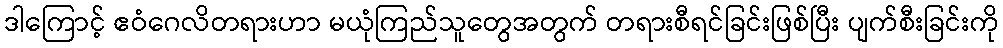
ဒါကြောင့် ဧဝံဂေလိတရားဟာ မယုံကြည်သူတွေအတွက် တရားစီရင်ခြင်းဖြစ်ပြီး ပျက်စီးခြင်းကို